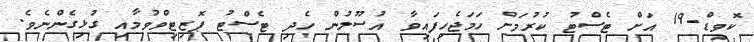
ކޮވިޑް-19 އަށް ޓެސްޓު ކުރުމަށް ހަމަޖެހިފައިވާ އުސޫލުން ހެދި ޓެސްޓު ޕޮޒިޓިވްވުމާއި ގުޅިގެންނެވެ.